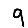
Digit: 9